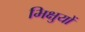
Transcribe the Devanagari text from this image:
भिक्षुयों